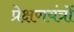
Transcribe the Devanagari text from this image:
प्रेक्षणयंत्रों